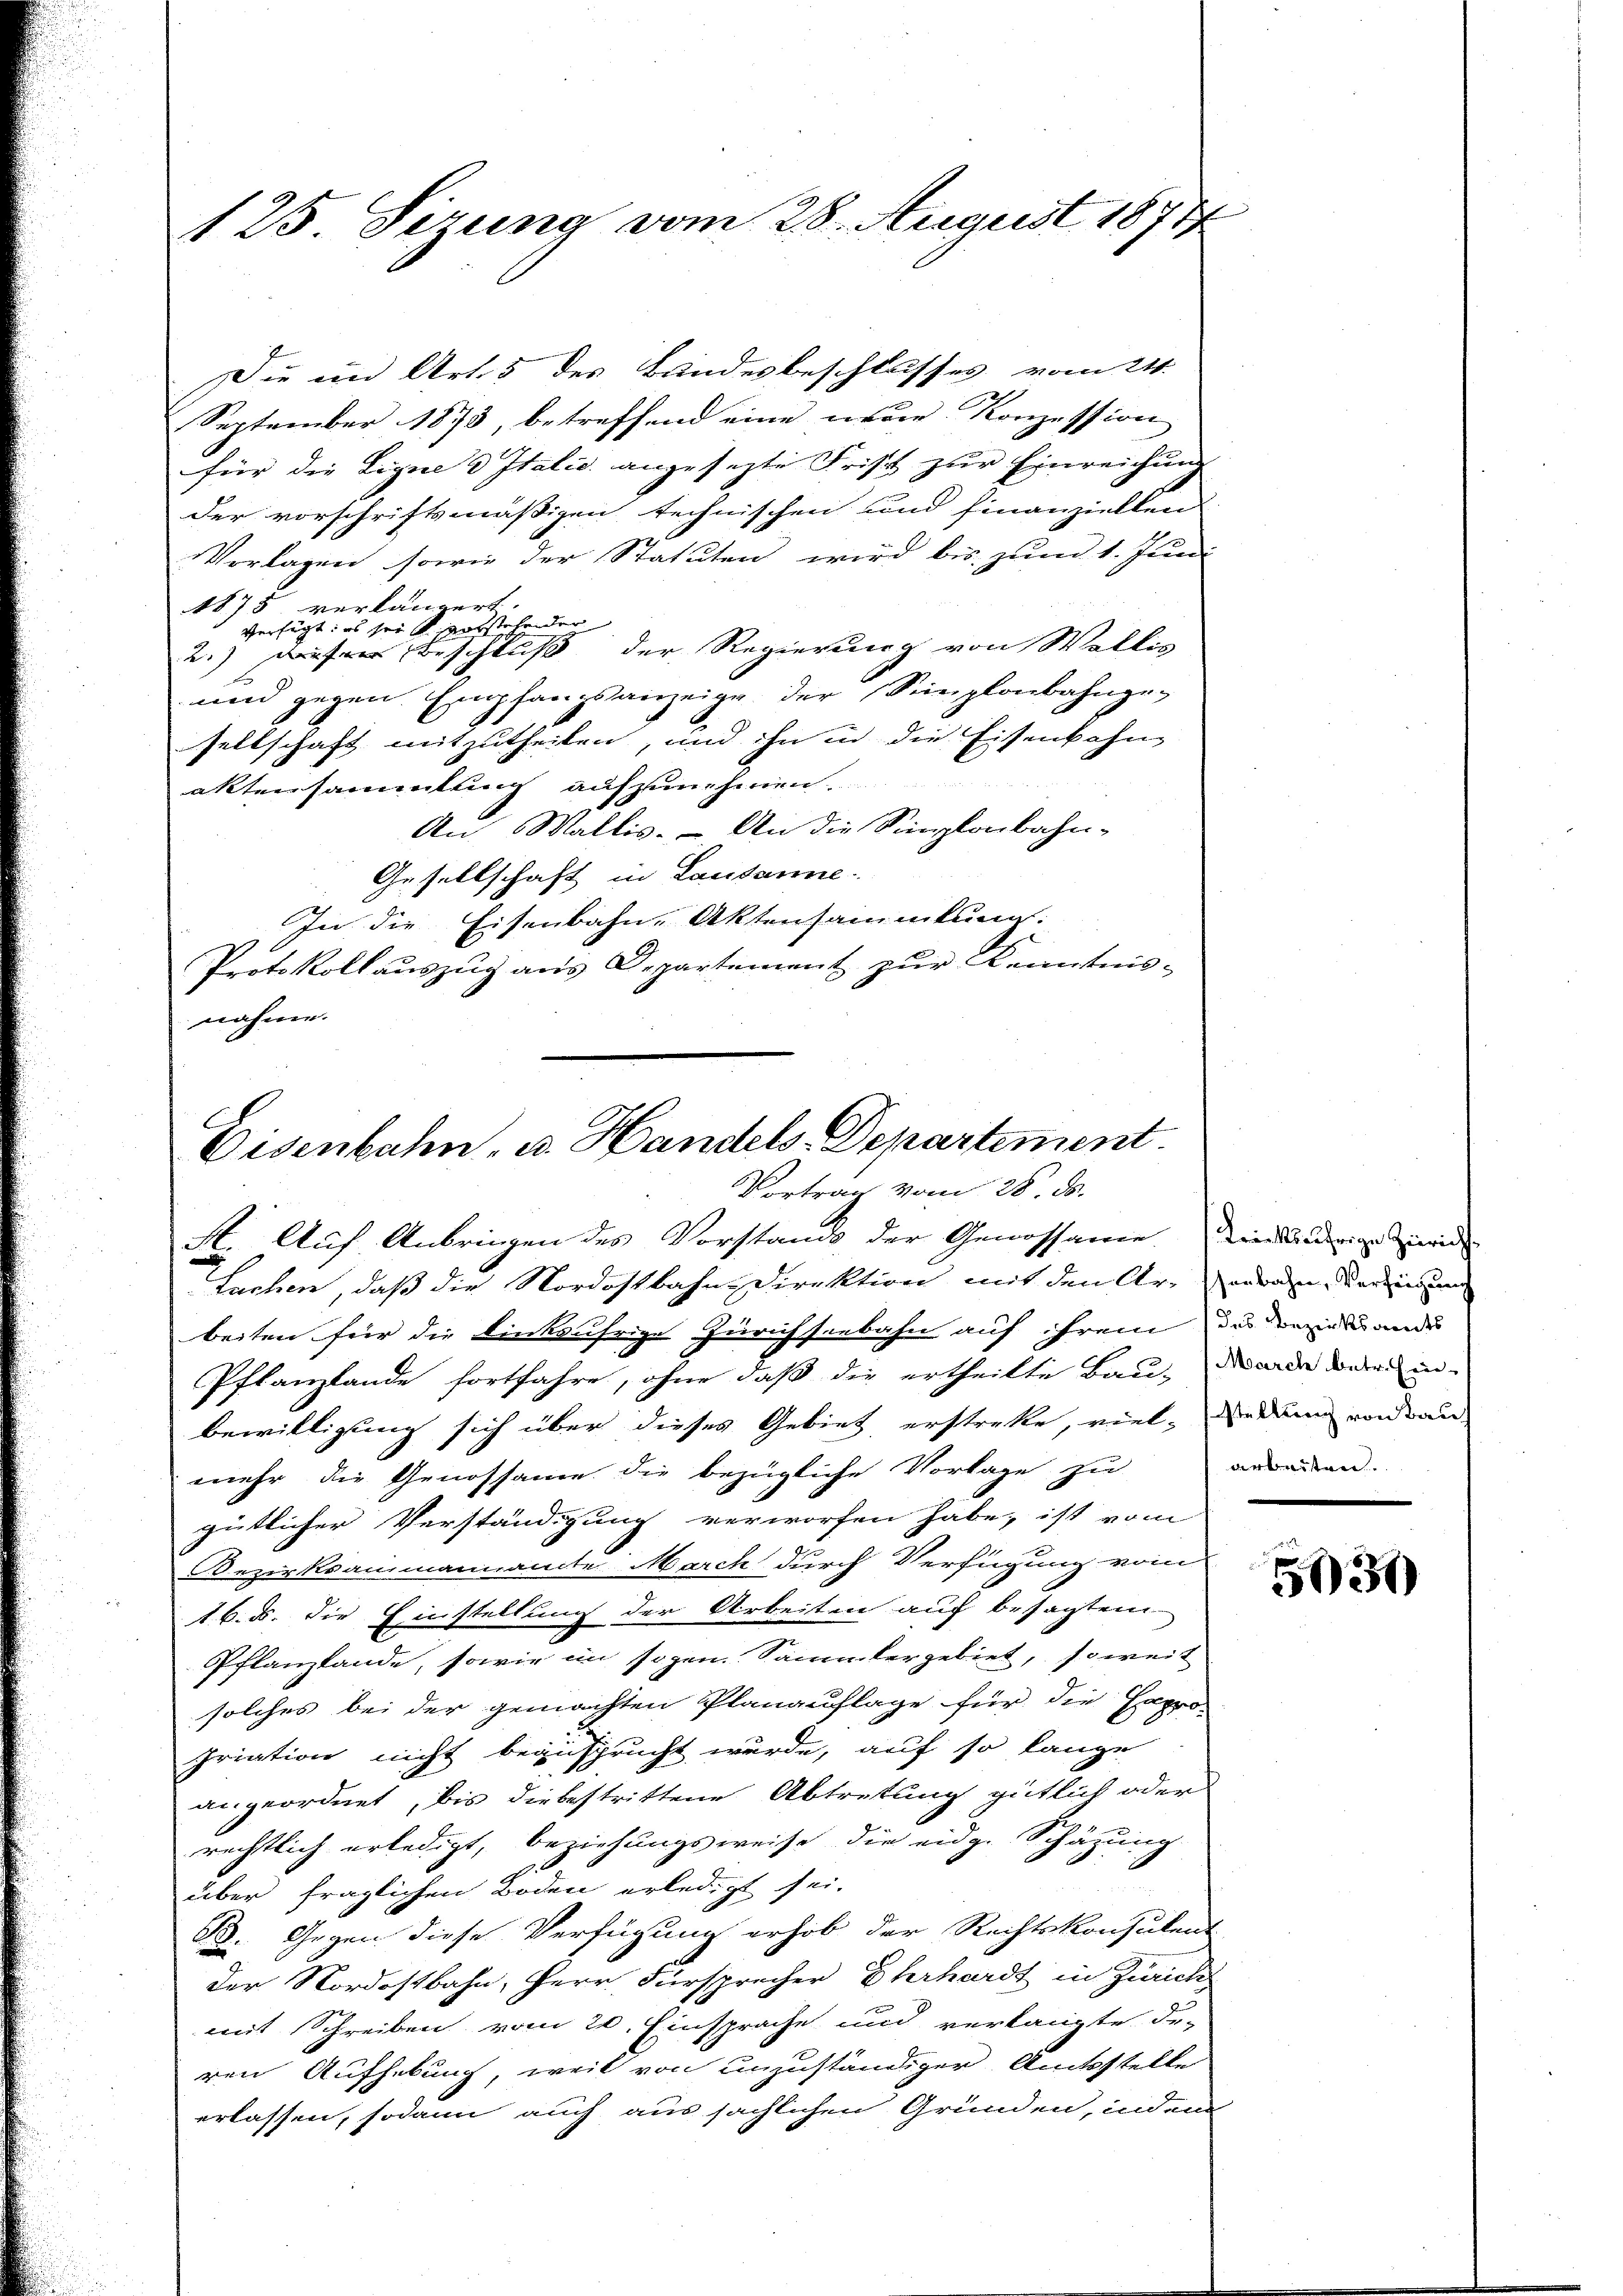
125 Sizung vom 28. August 1874

Die ein Art. 5 des Bundesbeschlusses vom 24.
September 1873, betreffend eine neue Konzession
für die Ligne d Italic. angesezte Frist zur Einreichung
der vorschriftsmäßigen technischen und finanziellen
Vorlagen, sowie der Statuten wird bis zum 1. Juni
1875 verlängert.
verfügt: es sei sentstehender
2.) Dieser Beschluß der Regierung von Wallis
und gegen Empfangsanzeige der Simplonbahngesellschaft mitzutheilen, und ihn in die Eisenbahn-
aktensammlung aufzunehmen.
An Wallis. – An die Simplonbahn-
Gesellschaft in Lausanne.
In die Eisenbahn-Aktensammlung:
Protokollauszug aus Departement zur Kenntnis-
nahme.

Eisenbahn, u. Handels-Departement.
Vortrag vom 28. ds.

St. Auf Anbringen des Vorstands der Genossame Diedrige Zuwide
Lachen, daß die Nordostbahn-Direktion mit den Arran eringung
beiten für die Lintjährige Zürichseebahn auf ihrem das verstande
Pflanzlande fortfahre, ohne daß die ertheilte Bau- und deren in
bewilligung sich über dieses Gebiet erstreke, viele dann von au
mehr die Genossame die bezügliche Vorlage zu
gütlicher Verständigung verworfen habe, ist vom
Bezirksammannamte March durch Verfügung vom
16. d. die Einstellung der Arbeiten auf besagtem
Pflanzlande, sowie im sogen Sammtergebiet, soweit
solches bei der gemachten Planauflage für die Hapro-
priation nicht beansprucht wurde, auf so lange
angeordnet, bis die bestrittene Abtretung gütlich oder
rechtlich erledigt, beziehungsweise die eidg. Schätzung
über fraglichen Boden erledigt sei.
B. Gegen diese Verfügung erhob der Rechtskonsulent
der Nordostbahn, Herr Fürsprecher Ehrhardt in Zürich
mit Schreiben vom 20. Einsprache und verlangte De-
ren Aufhebung, weil von unzuständiger Amtsstelle
erlassen, sodann auch aus sächlichen Gründen, indem

arbeisten.

5030